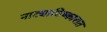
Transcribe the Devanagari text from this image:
नाट्याविष्कारात